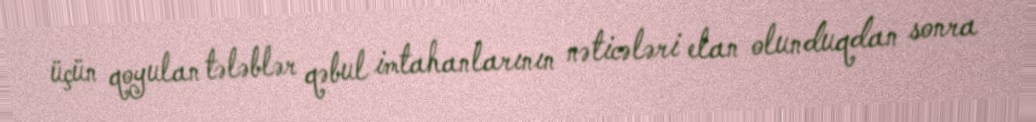
üçün qoyulan tələblər qəbul imtahanlarının nəticələri elan olunduqdan sonra